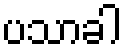
ပသာခါ